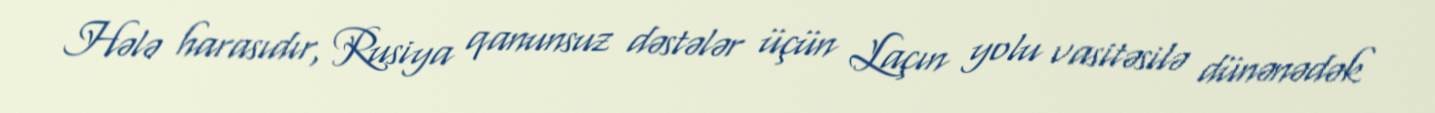
Hələ harasıdır, Rusiya qanunsuz dəstələr üçün Laçın yolu vasitəsilə dünənədək